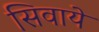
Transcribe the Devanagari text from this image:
सिवाये